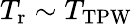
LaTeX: T_{\mathrm{r}}\sim T_{\mathrm{TPW}}